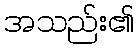
အသည်း၏